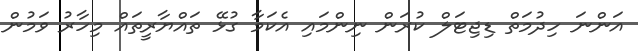
އަންނަ ހިދުމަތް ޑިޖިޓަލް ކުރަން ނިންމައި އެކަމާ ގުޅޭ ތައްޔާރީތައް މިހާރު ވަމުން